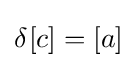
\delta _{}^{}[c]=[a]